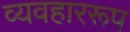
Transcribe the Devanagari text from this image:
व्यवहाररूप